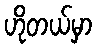
ဟိုတယ်မှာ